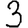
Digit: 3